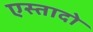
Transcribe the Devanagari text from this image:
एस्तादो